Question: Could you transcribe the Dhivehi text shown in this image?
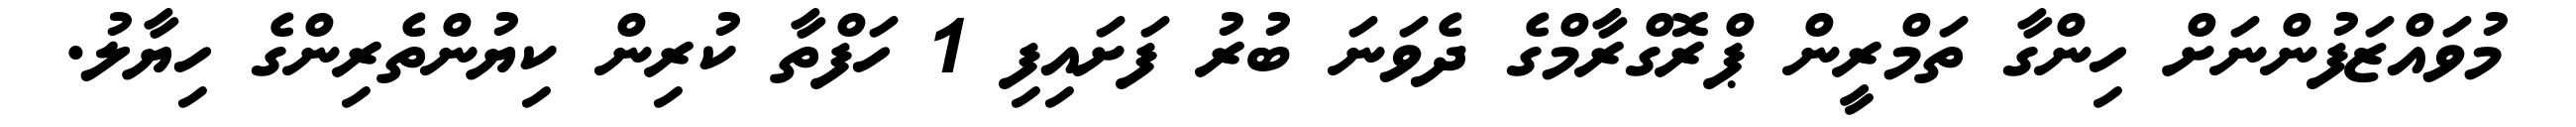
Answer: މުވައްޒަފުންނަށް ހިންގާ ތަމްރީން ޕްރޮގްރާމްގެ ދެވަނަ ބުރު ފަށައިފި 1 ހަފްތާ ކުރިން ކިޔުންތެރިންގެ ހިޔާލު.